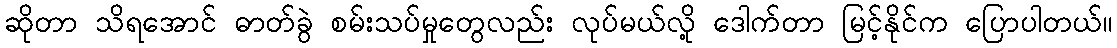
ဆိုတာ သိရအောင် ဓာတ်ခွဲ စမ်းသပ်မှုတွေလည်း လုပ်မယ်လို့ ဒေါက်တာ မြင့်နိုင်က ပြောပါတယ်။